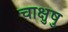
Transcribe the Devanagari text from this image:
चाक्षुषु